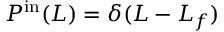
P ^ { \mathrm { i n } } ( L ) = \delta ( L - L _ { f } )